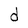
Character: d